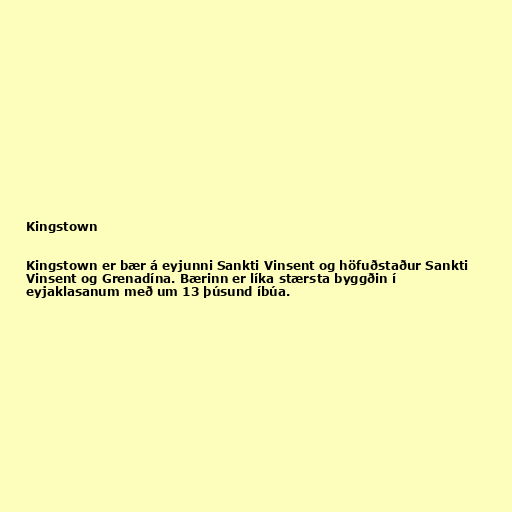
Kingstown

Kingstown er bær á eyjunni Sankti Vinsent og höfuðstaður Sankti
Vinsent og Grenadína. Bærinn er líka stærsta byggðin í
eyjaklasanum með um 13 þúsund íbúa.